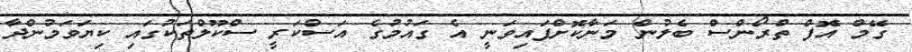
ގޭމް އޮފް ތްރޯންސް ބެލުން މަނާކޮށްފައިވަނީ އެ ގައުމުގެ އަސްކަރީ ސްކޫލްތަކުގައި ކިޔަވަމުންދާ